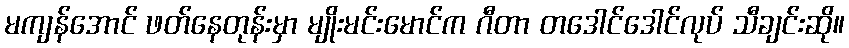
မကျန်အောင် ဖတ်နေတုန်းမှာ မျိုးမင်းမောင်က ဂီတာ တဒေါင်ဒေါင်လုပ် သီချင်းဆို။